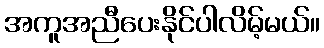
အကူအညီပေးနိုင်ပါလိမ့်မယ်။